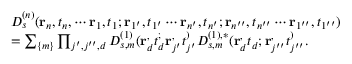
\begin{array} { r l } & { D _ { s } ^ { ( n ) } ( \mathbf { r } _ { n } , t _ { n } , \cdots \mathbf { r } _ { 1 } , t _ { 1 } ; \mathbf { r } _ { 1 ^ { \prime } } , t _ { 1 ^ { \prime } } \cdots \mathbf { r } _ { n ^ { \prime } } , t _ { n ^ { \prime } } ; \mathbf { r } _ { n ^ { \prime \prime } } , t _ { n ^ { \prime \prime } } \cdots \mathbf { r } _ { 1 ^ { \prime \prime } } , t _ { 1 ^ { \prime \prime } } ) } \\ & { = \sum _ { \{ m \} } \prod _ { j ^ { \prime } , j ^ { \prime \prime } , d } D _ { s , m } ^ { ( 1 ) } ( \mathbf { r } _ { d } ^ , t _ { d } ^ ; \mathbf { r } _ { j ^ { \prime } } ^ , t _ { j ^ { \prime } } ^ ) D _ { s , m } ^ { ( 1 ) , * } ( \mathbf { r } _ { d } ^ , t _ { d } ; \mathbf { r } _ { j ^ { \prime \prime } } ^ , t _ { j ^ { \prime \prime } } ^ ) . } \end{array}